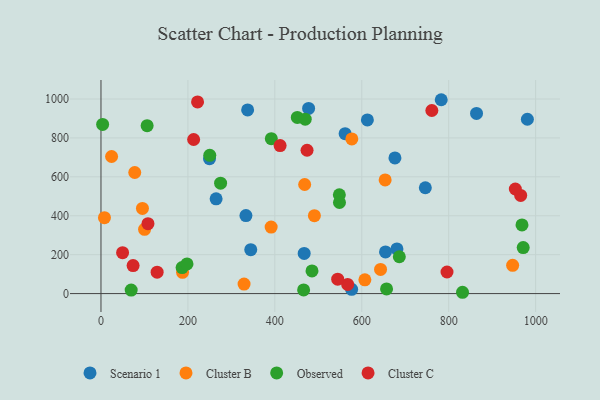
{"axis": {"x": "Study Hours", "y": "Yield"}, "legend": ["Cluster B", "Cluster C", "Observed", "Scenario 1"], "data": [{"x": "344.6", "y": 225.4, "type": "Scenario 1"}, {"x": "249.7", "y": 693.4, "type": "Scenario 1"}, {"x": "782.8", "y": 996.3, "type": "Scenario 1"}, {"x": "654.6", "y": 214.0, "type": "Scenario 1"}, {"x": "333.5", "y": 401.0, "type": "Scenario 1"}, {"x": "981.0", "y": 895.9, "type": "Scenario 1"}, {"x": "467.5", "y": 206.5, "type": "Scenario 1"}, {"x": "337.4", "y": 943.9, "type": "Scenario 1"}, {"x": "561.7", "y": 821.7, "type": "Scenario 1"}, {"x": "746.2", "y": 543.8, "type": "Scenario 1"}, {"x": "680.9", "y": 229.6, "type": "Scenario 1"}, {"x": "576.7", "y": 21.9, "type": "Scenario 1"}, {"x": "264.9", "y": 486.8, "type": "Scenario 1"}, {"x": "864.0", "y": 925.9, "type": "Scenario 1"}, {"x": "477.7", "y": 951.5, "type": "Scenario 1"}, {"x": "676.3", "y": 697.3, "type": "Scenario 1"}, {"x": "612.9", "y": 892.4, "type": "Scenario 1"}, {"x": "577.1", "y": 794.7, "type": "Cluster B"}, {"x": "947.1", "y": 145.2, "type": "Cluster B"}, {"x": "653.8", "y": 584.3, "type": "Cluster B"}, {"x": "391.5", "y": 342.0, "type": "Cluster B"}, {"x": "100.3", "y": 330.0, "type": "Cluster B"}, {"x": "607.1", "y": 70.7, "type": "Cluster B"}, {"x": "329.2", "y": 48.7, "type": "Cluster B"}, {"x": "468.6", "y": 560.6, "type": "Cluster B"}, {"x": "77.7", "y": 622.4, "type": "Cluster B"}, {"x": "8.0", "y": 390.2, "type": "Cluster B"}, {"x": "491.0", "y": 400.3, "type": "Cluster B"}, {"x": "24.4", "y": 704.4, "type": "Cluster B"}, {"x": "643.2", "y": 124.2, "type": "Cluster B"}, {"x": "187.6", "y": 109.3, "type": "Cluster B"}, {"x": "95.4", "y": 437.8, "type": "Cluster B"}, {"x": "466.2", "y": 19.0, "type": "Observed"}, {"x": "250.3", "y": 710.6, "type": "Observed"}, {"x": "186.7", "y": 133.6, "type": "Observed"}, {"x": "451.7", "y": 905.5, "type": "Observed"}, {"x": "106.2", "y": 862.9, "type": "Observed"}, {"x": "275.2", "y": 567.6, "type": "Observed"}, {"x": "657.0", "y": 24.0, "type": "Observed"}, {"x": "69.5", "y": 18.1, "type": "Observed"}, {"x": "197.9", "y": 152.6, "type": "Observed"}, {"x": "831.8", "y": 6.7, "type": "Observed"}, {"x": "3.8", "y": 869.1, "type": "Observed"}, {"x": "469.9", "y": 896.3, "type": "Observed"}, {"x": "391.9", "y": 796.2, "type": "Observed"}, {"x": "971.4", "y": 236.6, "type": "Observed"}, {"x": "686.4", "y": 189.3, "type": "Observed"}, {"x": "548.4", "y": 507.4, "type": "Observed"}, {"x": "968.6", "y": 352.6, "type": "Observed"}, {"x": "548.7", "y": 468.0, "type": "Observed"}, {"x": "485.5", "y": 116.4, "type": "Observed"}, {"x": "49.7", "y": 210.3, "type": "Cluster C"}, {"x": "965.6", "y": 504.5, "type": "Cluster C"}, {"x": "129.2", "y": 110.1, "type": "Cluster C"}, {"x": "796.1", "y": 110.9, "type": "Cluster C"}, {"x": "213.2", "y": 792.0, "type": "Cluster C"}, {"x": "474.1", "y": 736.7, "type": "Cluster C"}, {"x": "412.1", "y": 760.5, "type": "Cluster C"}, {"x": "222.2", "y": 985.2, "type": "Cluster C"}, {"x": "108.1", "y": 359.4, "type": "Cluster C"}, {"x": "567.5", "y": 47.0, "type": "Cluster C"}, {"x": "544.6", "y": 74.0, "type": "Cluster C"}, {"x": "73.9", "y": 143.7, "type": "Cluster C"}, {"x": "761.2", "y": 940.8, "type": "Cluster C"}, {"x": "953.3", "y": 537.5, "type": "Cluster C"}]}